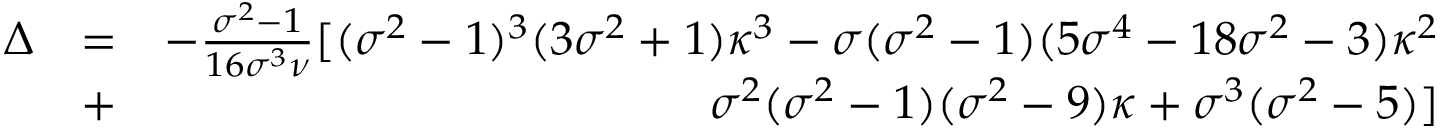
\begin{array} { r l r } { \Delta } & { = } & { - \frac { \sigma ^ { 2 } - 1 } { 1 6 \sigma ^ { 3 } \nu } [ ( \sigma ^ { 2 } - 1 ) ^ { 3 } ( 3 \sigma ^ { 2 } + 1 ) \kappa ^ { 3 } - \sigma ( \sigma ^ { 2 } - 1 ) ( 5 \sigma ^ { 4 } - 1 8 \sigma ^ { 2 } - 3 ) \kappa ^ { 2 } } \\ & { + } & { \sigma ^ { 2 } ( \sigma ^ { 2 } - 1 ) ( \sigma ^ { 2 } - 9 ) \kappa + \sigma ^ { 3 } ( \sigma ^ { 2 } - 5 ) ] } \end{array}